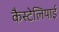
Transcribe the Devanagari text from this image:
कैस्टेलियाई